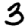
Digit: 3